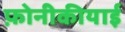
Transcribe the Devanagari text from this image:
फ़ोनीकीयाई